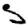
Digit: 5